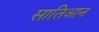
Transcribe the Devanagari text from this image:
सातिआन